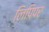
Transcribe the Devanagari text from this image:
लिपिपर